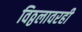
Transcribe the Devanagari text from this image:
विठ्ठलावरही